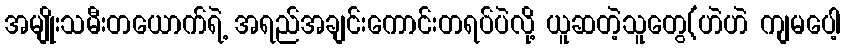
အမျိုးသမီးတယောက်ရဲ့ အရည်အချင်းကောင်းတရပ်ပဲလို့ ယူဆတဲ့သူတွေ(ဟဲဟဲ ကျမပေါ့